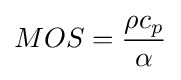
MOS={{\rho c_{p}} \over \alpha }